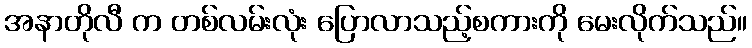
အနာတိုလီ က တစ်လမ်းလုံး ပြောလာသည့်စကားကို မေးလိုက်သည်။